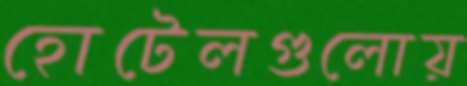
হোটেলগুলোয়